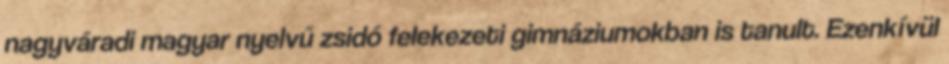
nagyváradi magyar nyelvű zsidó felekezeti gimnáziumokban is tanult. Ezenkívül